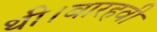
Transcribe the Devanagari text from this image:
थी।बारहवी